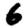
Digit: 6